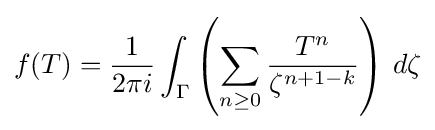
f(T)={\frac {1}{2\pi i}}\int _{\Gamma }\left(\sum _{n\geq 0}{\frac {T^{n}}{\zeta ^{n+1-k}}}\right)\,d\zeta